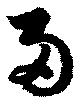
両